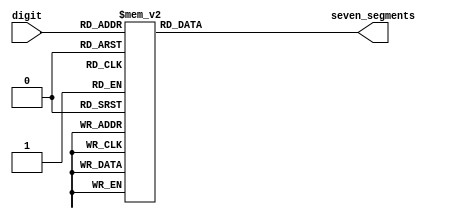

module sm_hex_display
(
    input      [3:0] digit,
    output reg [6:0] seven_segments
);

    always @*
        case (digit)
        'h0: seven_segments = 'b1000000;  // a b c d e f g
        'h1: seven_segments = 'b1111001;
        'h2: seven_segments = 'b0100100;  //   --a--
        'h3: seven_segments = 'b0110000;  //  |     |
        'h4: seven_segments = 'b0011001;  //  f     b
        'h5: seven_segments = 'b0010010;  //  |     |
        'h6: seven_segments = 'b0000010;  //   --g--
        'h7: seven_segments = 'b1111000;  //  |     |
        'h8: seven_segments = 'b0000000;  //  e     c
        'h9: seven_segments = 'b0011000;  //  |     |
        'ha: seven_segments = 'b0001000;  //   --d-- 
        'hb: seven_segments = 'b0000011;
        'hc: seven_segments = 'b1000110;
        'hd: seven_segments = 'b0100001;
        'he: seven_segments = 'b0000110;
        'hf: seven_segments = 'b0001110;
        endcase

endmodule

//--------------------------------------------------------------------

module sm_hex_display_8
(
    input             clock,
    input             resetn,
    input      [31:0] number,

    output reg [ 6:0] seven_segments,
    output reg        dot,
    output reg [ 7:0] anodes
);

    function [6:0] bcd_to_seg (input [3:0] bcd);

        case (bcd)
        'h0: bcd_to_seg = 'b1000000;  // a b c d e f g
        'h1: bcd_to_seg = 'b1111001;
        'h2: bcd_to_seg = 'b0100100;  //   --a--
        'h3: bcd_to_seg = 'b0110000;  //  |     |
        'h4: bcd_to_seg = 'b0011001;  //  f     b
        'h5: bcd_to_seg = 'b0010010;  //  |     |
        'h6: bcd_to_seg = 'b0000010;  //   --g--
        'h7: bcd_to_seg = 'b1111000;  //  |     |
        'h8: bcd_to_seg = 'b0000000;  //  e     c
        'h9: bcd_to_seg = 'b0011000;  //  |     |
        'ha: bcd_to_seg = 'b0001000;  //   --d-- 
        'hb: bcd_to_seg = 'b0000011;
        'hc: bcd_to_seg = 'b1000110;
        'hd: bcd_to_seg = 'b0100001;
        'he: bcd_to_seg = 'b0000110;
        'hf: bcd_to_seg = 'b0001110;
        endcase

    endfunction

    reg [2:0] i;

    always @ (posedge clock or negedge resetn)
    begin
        if (! resetn)
        begin
            seven_segments <=   bcd_to_seg (0);
            dot            <= ~ 0;
            anodes         <= ~ 8'b00000001;

            i <= 0;
        end
        else
        begin
            seven_segments <=   bcd_to_seg (number [i * 4 +: 4]);
            dot            <= ~ 0;
            anodes         <= ~ (1 << i);

            i <= i + 1;
        end
    end

endmodule


module sm_hex_display_our
(
    input      [3:0] digit,
    output reg [6:0] seven_segments
);

    always @*
        case (digit)
        'h0: seven_segments = 'b0111111;  // a b c d e f g
        'h1: seven_segments = 'b0000110;
        'h2: seven_segments = 'b1011011;  //   --a--
        'h3: seven_segments = 'b1001111;  //  |     |
        'h4: seven_segments = 'b1100110;  //  f     b
        'h5: seven_segments = 'b1101101;  //  |     |
        'h6: seven_segments = 'b1111101;  //   --g--
        'h7: seven_segments = 'b0000111;  //  |     |
        'h8: seven_segments = 'b1111111;  //  e     c
        'h9: seven_segments = 'b1100111;  //  |     |
        'ha: seven_segments = 'b1110111;  //   --d-- 
        'hb: seven_segments = 'b1111100;
        'hc: seven_segments = 'b0111001;
        'hd: seven_segments = 'b1011110;
        'he: seven_segments = 'b1111001;
        'hf: seven_segments = 'b1110001;
        endcase

endmodule